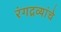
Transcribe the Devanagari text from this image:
रंगद्रव्यांचे